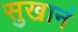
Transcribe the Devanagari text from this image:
सुखानं